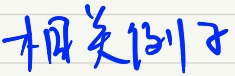
相关例子